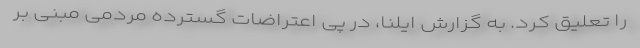
را تعلیق کرد. به گزارش ایلنا، در پی اعتراضات گسترده مردمی مبنی بر